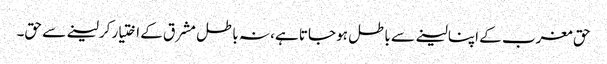
حق مغرب کے اپنا لینے سے باطل ہو جاتا ہے، نہ باطل مشرق کے اختیار کرلینے سے حق۔